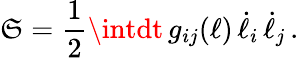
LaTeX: \mathfrak{S}={\frac{{1}}{{2}}}\intdt\, g_{ij}(\ell)\, \dot{{\ell}}_{i}\, \dot{{\ell}}_{j}\, .